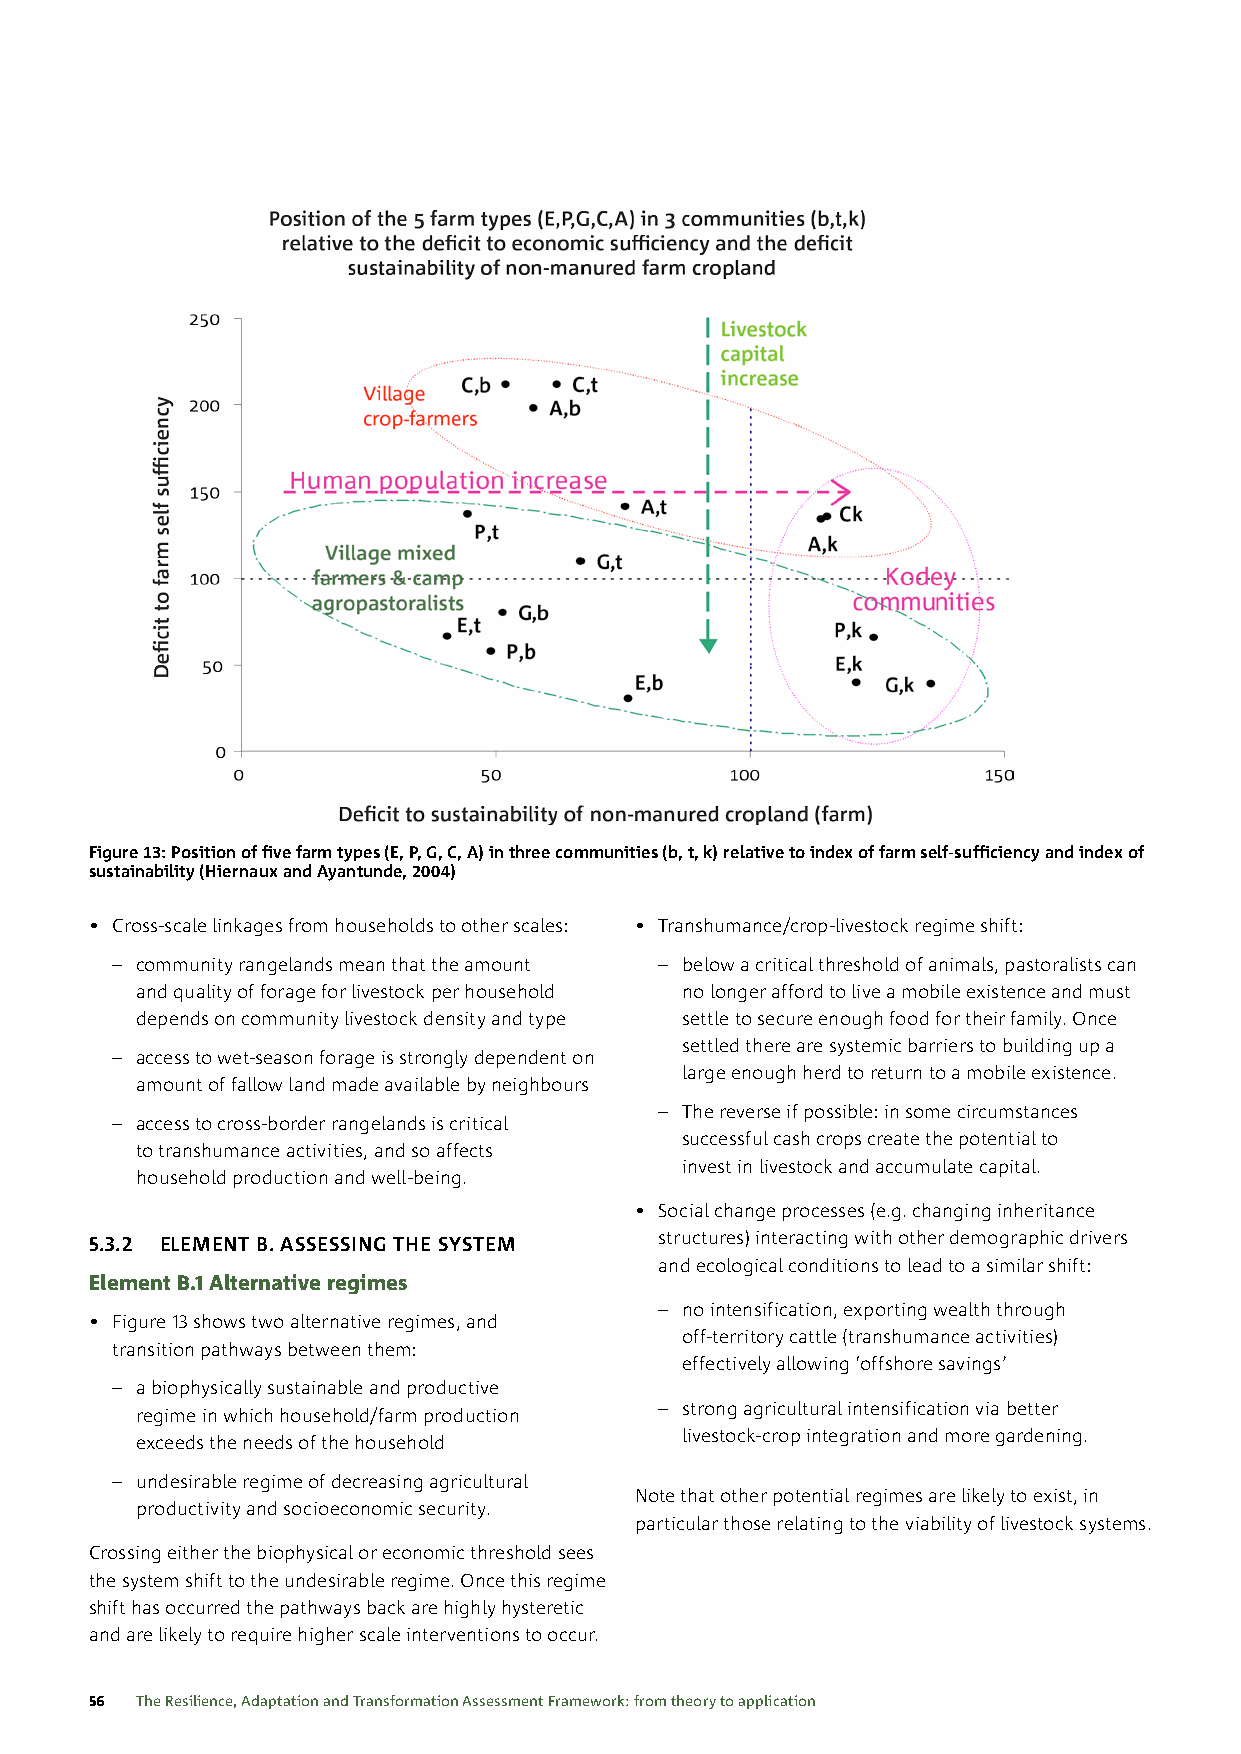
Figure 13: Position of five farm types (E, P, G, C, A) in three communities (b, t, k) relative to index of farm self-sufficiency and index of
 sustainability (Hiernaux and Ayantunde, 2004)
 • Cross-scale linkages from households to other scales: • Transhumance/crop-livestock regime shift:
 – community rangelands mean that the amount – below a critical threshold of animals, pastoralists can
 and quality of forage for livestock per household no longer afford to live a mobile existence and must
 depends on community livestock density and type settle to secure enough food for their family. Once
 settled there are systemic barriers to building up a
 – access to wet-season forage is strongly dependent on
 large enough herd to return to a mobile existence.
 amount of fallow land made available by neighbours
 – The reverse if possible: in some circumstances
 – access to cross-border rangelands is critical
 successful cash crops create the potential to
 to transhumance activities, and so affects
 invest in livestock and accumulate capital.
 household production and well-being.
 • Social change processes (e.g. changing inheritance
 5.3.2 ELEMENT B. ASSESSING THE SYSTEM structures) interacting with other demographic drivers
 and ecological conditions to lead to a similar shift:
 Element B.1 Alternative regimes
 – no intensification, exporting wealth through
 • Figure 13 shows two alternative regimes, and
 off-territory cattle (transhumance activities)
 transition pathways between them:
 effectively allowing ‘offshore savings’
 – a biophysically sustainable and productive
 – strong agricultural intensification via better
 regime in which household/farm production
 livestock-crop integration and more gardening.
 exceeds the needs of the household
 – undesirable regime of decreasing agricultural
 Note that other potential regimes are likely to exist, in
 productivity and socioeconomic security.
 particular those relating to the viability of livestock systems.
 Crossing either the biophysical or economic threshold sees
 the system shift to the undesirable regime. Once this regime
 shift has occurred the pathways back are highly hysteretic
 and are likely to require higher scale interventions to occur.
 56 The Resilience, Adaptation and Transformation Assessment Framework: from theory to application